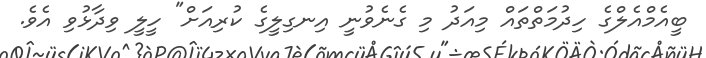
ބީއެމްއެލްގެ ހިދުމަތްތައް މިއަދު މި ގެނެވުނީ އިނގިލީގެ ކުރިއަށް" ހީލީ ވިދާޅުވި އެވެ.